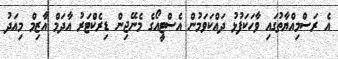
އެ ރަސްމިއްޔާތުގައި ވާހަކަފުޅު ދައްކަވަމުން އެސްޓީއޯގެ މެނޭޖިން ޑިރެކްޓަރު އާދަމް އާޒިމް މިއަދު